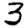
Digit: 3